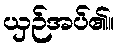
ယှဉ်အပ်၏။